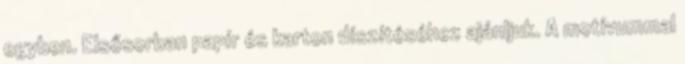
egyben. Elsősorban papír és karton díszítéséhez ajánljuk. A motívummal